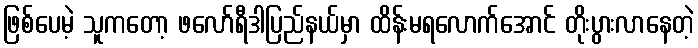
ဖြစ်ပေမဲ့ သူကတော့ ဖလော်ရီဒါပြည်နယ်မှာ ထိန်းမရလောက်အောင် တိုးပွားလာနေတဲ့